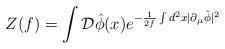
LaTeX: \begin{align*} Z(f)=\int {\cal D}\hat{\phi}(x) e^{-\frac{1}{2f}\int d^{2}x|\partial_{\mu}\hat{\phi}|^{2}}\end{align*}